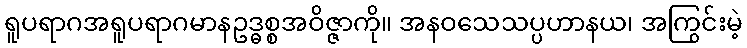
ရူပရာဂအရူပရာဂမာနဥဒ္ဓစ္စအဝိဇ္ဇာကို။ အနဝသေသပ္ပဟာနယ၊ အကြွင်းမဲ့